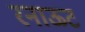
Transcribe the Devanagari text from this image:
रनाऊट